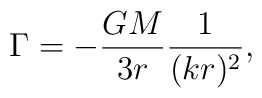
\Gamma= - {GM\over 3 r}{1\over (kr)^2},